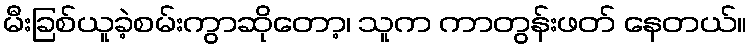
မီးခြစ်ယူခဲ့စမ်းကွာဆိုတော့၊ သူက ကာတွန်းဖတ် နေတယ်။